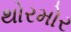
થોરમોર